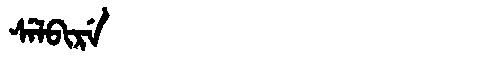
Manchu: ᠰᡝᠯᠪᡳᡵᡝ
Romanization: SELBIRE